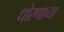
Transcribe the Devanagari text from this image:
धोरणाच्‍या